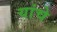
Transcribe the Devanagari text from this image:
यांचेेेे